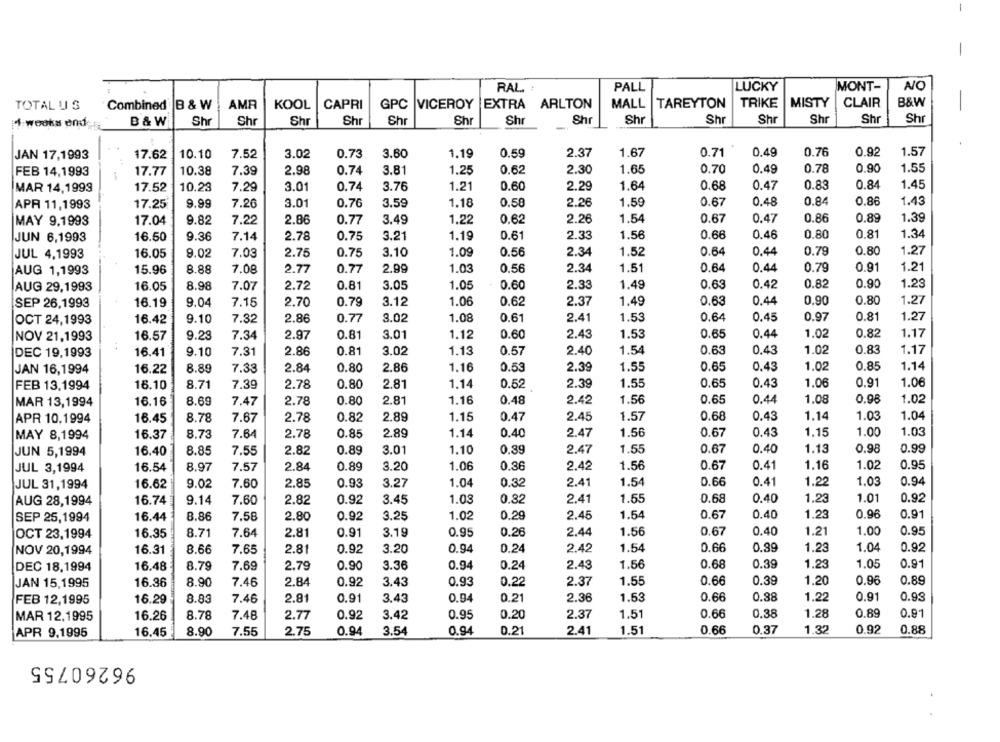
-
RAL. :
PALL
LUCKY
MONT-
NO
AMR
CAPRI
MALL
TAREYTON
TRIKE
MISTY
CLAIR
B&W
TOTAL US
Combined
B & W
KOOL
GPC VICEROY |EXTRA ARLTON
Shr
Shr
Shr
Shi
Fl weeks end
B&W
Shr
Shr
Shr
Shr
Sh
Shr
Sh
Shr
Shr
Shr
JAN 17,1993
17.62
10.10
7.52
3.02
0.73
3.60
1.19
0.59
2.37
1.67
0.71
0.49
0.76
0.92
1.57
FEB 14,1993
10.38
7.39
2.98
3.81
1.25
0.62
2.30
1.65
0.70
0.49
0.78
0.90
1.55
17.77
0.74
1.21
0.60
0.68
0.47
0.83
0.84
1.45
MAR 14,1999
17.52
10.23
7.29
3.01
0.74
3.76
2.29
1.64
0.84
0.86
1.43
APR 11,1993
17.25
9.99
7.26
3.01
0.76
3.59
1.18
0.58
2.26
1.59
0.67
0.48
MAY 9,1993
17.04
9.82
7.22
2.86
0.77
3.49
1.22
0.62
2.26
1.54
0.67
0.47
0.86
0.89
1.39
JUN 6,1993
16.50
9.36
7.14
2.78
0.75
3.21
1.19
0.61
2.33
1.56
0.66
0.46
0.80
0.81
1.34
9.02
7.03
3.10
1.09
0.56
2.34
1.52
0.64
0.44
0.79
0.80
1.27
JUL 4,1993
16.05
2.75
0.75
2.99
1.03
0.56
2.34
1.51
0.64
0.79
0.91
1.21
AUG 1,1993
15.96
8.88
7.08
2.77
0.77
0.44
0.82
AUG 29,1993
16.05
8.98
7.07
2.72
0.81
3.05
1.05
0.60
2.33
1.49
0.63
0.42
0.90
1.23
SEP 26,1993
16.19
9.04
7.15
2.70
0.79
3.12
1.06
0.62
2.37
1.49
0.63
0.44
0.90
0.80
1.27
OCT 24,1993
16.42
9.10
7.32
2.86
0.77
3.02
1.08
0.61
2.41
1.53
0.64
0.45
0.97
0.81
1.27
1.12
0.65
0.44
1.02
0.82
1.17
NOV 21,1993
16.57
9.23
7.34
2.97
0.81
3.01
0.60
2.43
1.53
0.83
1.17
DEC 19,1993
16.41
9.10
7.31
2.86
0.81
3.02
1.13
0.57
2.40
1.54
0.63
0.43
1.02
JAN 16,1994
16.22
8.89
7.33
2.84
0.80
2.86
1.16
0.53
2.39
1.55
0.65
0,43
1.02
0.85
1.14
FEB 13,1994
16.10
8.71
7.39
2.78
0.80
2.81
1.14
0.52
2.39
1.55
0.65
0.43
1.06
0.91
1.06
16.16
8.69
7.47
2.78
2.81
1.16
0.48
2.42
1.56
0.65
0.44
1.08
0.98
1.02
MAR 13,1994
0.80
0.47
0.43
1.14
1.03
1.04
APR 10.1994
16.45
8.78
7.67
2.78
0.82
2.89
1.15
2.45
1.57
0.68
1.03
MAY 8,1994
16.37
8.73
7.64
2.78
0.85
2,89
1.14
0.40
2.47
1.56
0.67
0.43
1.15
1.00
JUN 5,1994
16.40
8.85
7.55
2.82
0.89
3.01
1.10
0.39
2.47
1.55
0.67
0.40
1.13
0.98
0.99
16.54
8.97
7.57
2.84
0.89
3.20
1.06
0.36
2.42
1.56
0.67
0.41
1.16
1.02
0.95
JUL 3,1994
2.85
0.93
1.04
0.32
2.41
1.54
0.66
0.41
1.22
1.03
0.94
JUL 31,1994
16.62
9.02
7.60
3.27
2.41
0.40
1.23
0.92
AUG 28,1994
16.74
9.14
7.60
2.82
0.92
3.45
1.03
0.82
1.55
0.68
1.01
SEP 25,1994
16.44
8.86
7.58
2.80
0.92
3.25
1.02
0.29
2.45
1.54
0.67
0.40
1.23
0.96
0.91
OCT 23,1994
16.35
8.71
7.64
2.81
0.91
3.19
0.95
0.26
2.44
1.56
0.67
0.40
1.21
1.00
0.95
16.31
8.66
7.65
2.81
0.92
3.20
0.94
0.24
2.42
1.54
0.66
0.99
1.23
1.04
0.92
NOV 20,1994
1.56
0.68
0.39
1.23
1.05
0.91
DEC 18,1994
16.48
8.79
7.69
2.79
0.90
3.36
0.94
0.24
2.43
JAN 15,1995
16.36
8.90
7.46
2.84
0.92
3.43
0.93
0.22
2.37
1.55
0.66
0.39
1.20
0.96
0.89
FEB 12,1995
16.29
8.83
7.46
2.81
0.91
3.43
0.94
0.21
2.36
1.53
0.66
0.88
1.22
0.91
0.93
16.26
8.78
7.48
2.77
0.92
3.42
0.95
0.20
2.37
1.51
0.66
0.38
1.28
0.89
0.91
MAR 12.1995
0.21
2.41
1.51
0.66
0.37
1.32
0.92
0.88
APR 9,1995
16.45
8.90
7.55
2.75
0.94
3.54
0.94
96260755